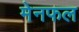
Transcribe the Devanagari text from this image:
मेनफल